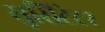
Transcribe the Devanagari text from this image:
सुसिटेटर